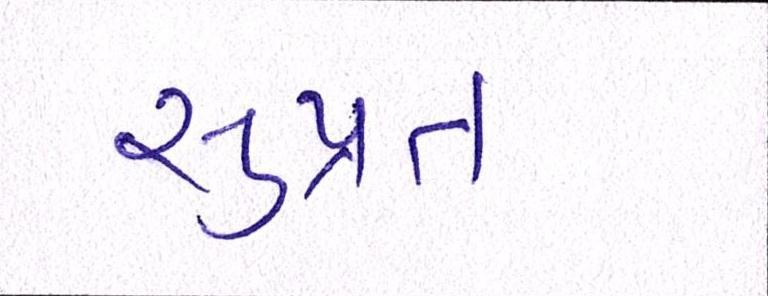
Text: સુપ્રત